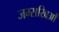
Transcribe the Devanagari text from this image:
जम्सखिओं